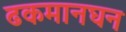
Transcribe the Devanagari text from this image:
ढकमानघन